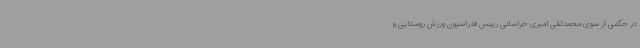
در حکمی از سوی محمدتقی امیری خراسانی رییس فدراسیون ورزش روستایی و